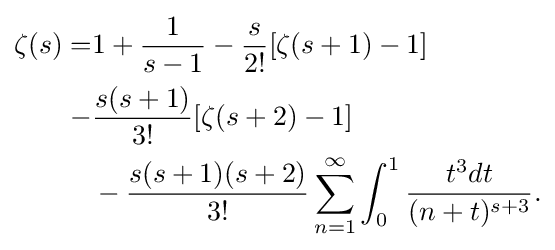
{\begin{aligned}\zeta (s)=&1+{\frac {1}{s-1}}-{\frac {s}{2!}}[\zeta (s+1)-1]\\-&{\frac {s(s+1)}{3!}}[\zeta (s+2)-1]\\&-{\frac {s(s+1)(s+2)}{3!}}\sum _{n=1}^{\infty }\int _{0}^{1}{\frac {t^{3}dt}{(n+t)^{s+3}}}.\end{aligned}}